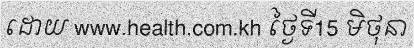
ដោយ www.health.com.kh ថ្ងៃទី15 មិថុនា